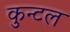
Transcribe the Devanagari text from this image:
कुन्टल